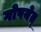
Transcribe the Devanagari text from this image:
गोपयेत्